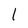
Character: 1